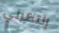
إنتظرني